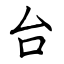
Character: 台